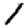
Digit: 1